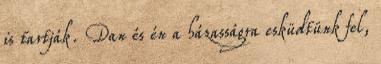
is tartják. Dan és én a házasságra esküdtünk fel,